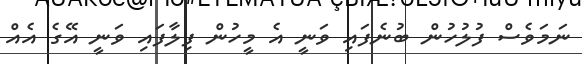
ނަމަވެސް ފުލުހުން ބުނެފައި ވަނީ އެ މީހުން ފިލާފައި ވަނީ އޭގެ އެއް